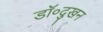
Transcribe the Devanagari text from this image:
डॉ०दुखन